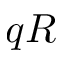
q R